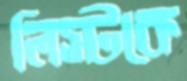
লিস্টকে